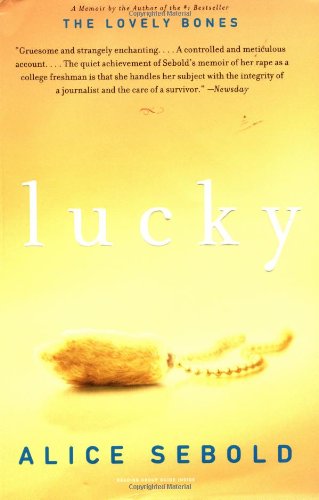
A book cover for Lucky; Alice Sebold; Biographies & Memoirs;